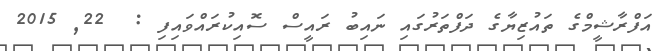
އަފްރާޝީމްގެ ތައުޒިޔާގެ ދަފްތަރުގައި ނައިބު ރައީސް ސޮއިކުރައްވައިފި :  22